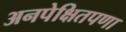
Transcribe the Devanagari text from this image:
अनपेक्षितपणा